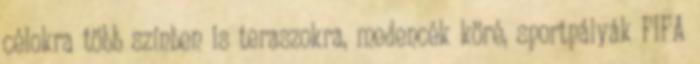
célokra több színben is teraszokra, medencék köré, sportpályák FIFA